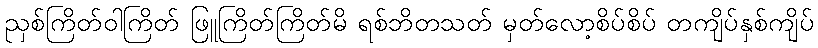
ညှစ်ကြိတ်ဝါကြိတ် ဖြူကြိတ်ကြိတ်မိ ရစ်ဘိတသတ် မှတ်လော့စိပ်စိပ် တကျိပ်နှစ်ကျိပ်